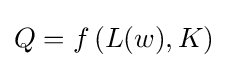
Q=f\,(L(w),K)